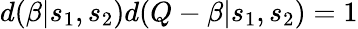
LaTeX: d(\beta|s_{1},s_{2})d(Q-\beta|s_{1},s_{2})=1